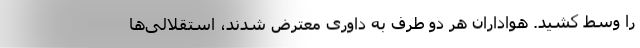
را وسط کشید. هواداران هر دو طرف به داوری معترض شدند، استقلالی‌ها